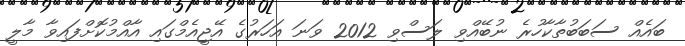
ބައެއް ސަބަބުތާކާހުރެ ނުބޭއްވި ލަސްވި 2012 ވަނަ އަހަރުގެ އޭޖީއެމްގައި އާއްމުކޮށްފައިވާ މާލީ